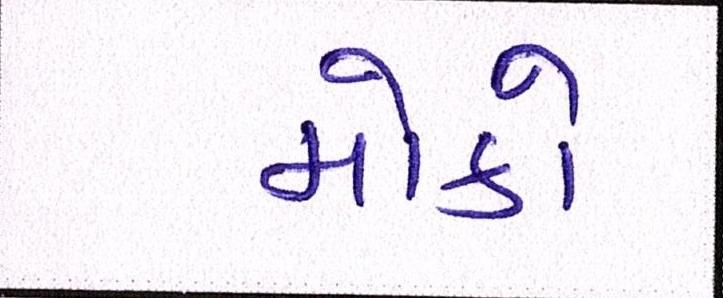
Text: મોકો